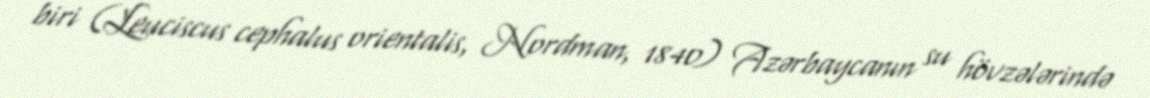
biri (Leuciscus cephalus orientalis, Nordman, 1840) Azərbaycanın su hövzələrində